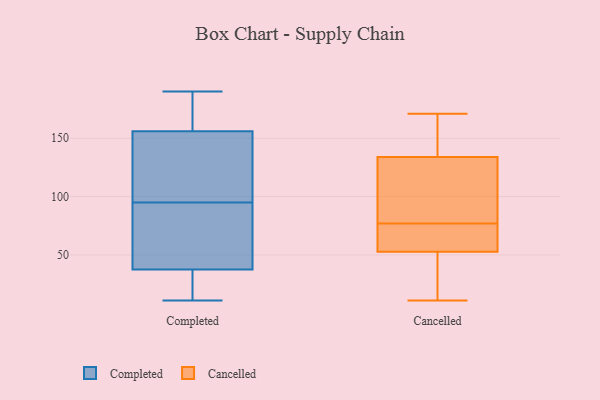
{"axis": {"x": "Waste Production (Tons)", "y": "Value"}, "legend": ["Cancelled", "Completed"], "data": [{"x": "", "y": 117, "type": "Completed"}, {"x": "", "y": 178, "type": "Completed"}, {"x": "", "y": 11, "type": "Completed"}, {"x": "", "y": 102, "type": "Completed"}, {"x": "", "y": 115, "type": "Completed"}, {"x": "", "y": 95, "type": "Completed"}, {"x": "", "y": 157, "type": "Completed"}, {"x": "", "y": 153, "type": "Completed"}, {"x": "", "y": 27, "type": "Completed"}, {"x": "", "y": 42, "type": "Completed"}, {"x": "", "y": 175, "type": "Completed"}, {"x": "", "y": 87, "type": "Completed"}, {"x": "", "y": 48, "type": "Completed"}, {"x": "", "y": 36, "type": "Completed"}, {"x": "", "y": 94, "type": "Completed"}, {"x": "", "y": 190, "type": "Completed"}, {"x": "", "y": 160, "type": "Completed"}, {"x": "", "y": 34, "type": "Completed"}, {"x": "", "y": 12, "type": "Completed"}, {"x": "", "y": 125, "type": "Cancelled"}, {"x": "", "y": 11, "type": "Cancelled"}, {"x": "", "y": 137, "type": "Cancelled"}, {"x": "", "y": 52, "type": "Cancelled"}, {"x": "", "y": 113, "type": "Cancelled"}, {"x": "", "y": 152, "type": "Cancelled"}, {"x": "", "y": 50, "type": "Cancelled"}, {"x": "", "y": 171, "type": "Cancelled"}, {"x": "", "y": 77, "type": "Cancelled"}, {"x": "", "y": 55, "type": "Cancelled"}, {"x": "", "y": 69, "type": "Cancelled"}]}